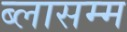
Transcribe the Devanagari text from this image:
ब्लासम्म